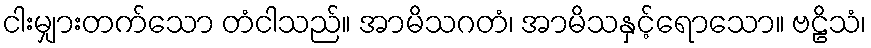
ငါးမျှားတက်သော တံငါသည်။ အာမိသဂတံ၊ အာမိသနှင့်ရောသော။ ဗဠိသံ၊